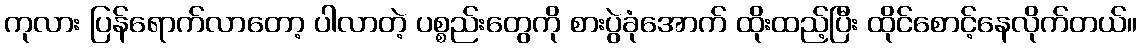
ကုလား ပြန်ရောက်လာတော့ ပါလာတဲ့ ပစ္စည်းတွေကို စားပွဲခုံအောက် ထိုးထည့်ပြီး ထိုင်စောင့်နေလိုက်တယ်။